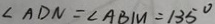
\angle A D N = \angle A B M = 1 3 5 ^ { \circ }